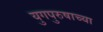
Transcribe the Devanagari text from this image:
युगपुरुषाच्या